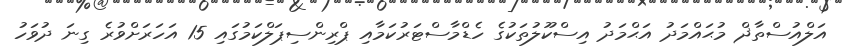
އަލްއުސްތާޛް މުޙައްމަދު އަޙްމަދު އިސްކޫލުތަކުގެ ހެޑްމާސްޓަރުކަމާއި ޕްރިންސިޕަލްކަމުގައި 15 އަހަރަށްވުރެ ގިނަ ދުވަހު